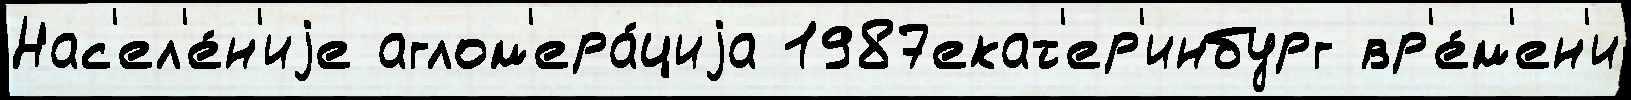
Нас'ел'е́н'иjе аглом'ера́циjа 1987екат'ер'инбург вр'е́м'ен'и